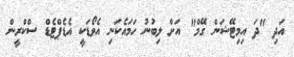
އަދި "ދަ އިމިޓޭޝަން ގޭމް" އަށް ލިބުނު ހަމައެކަނި އެވޯޑަކީ އެޑެޕްޓެޑް ސްކްރީން